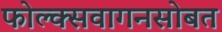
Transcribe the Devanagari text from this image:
फोल्क्सवागनसोबत